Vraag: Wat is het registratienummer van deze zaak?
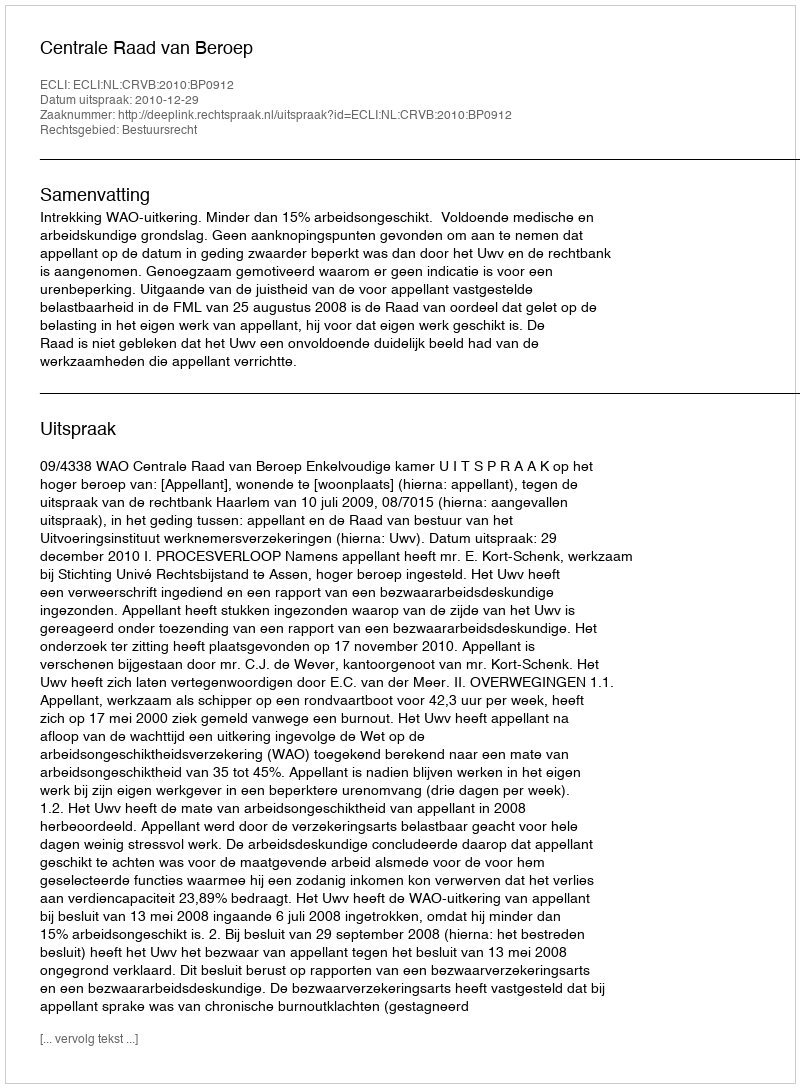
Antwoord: http://deeplink.rechtspraak.nl/uitspraak?id=ECLI:NL:CRVB:2010:BP0912